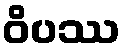
ဝိပဿ